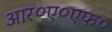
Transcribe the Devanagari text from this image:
आर०ए०एफ०